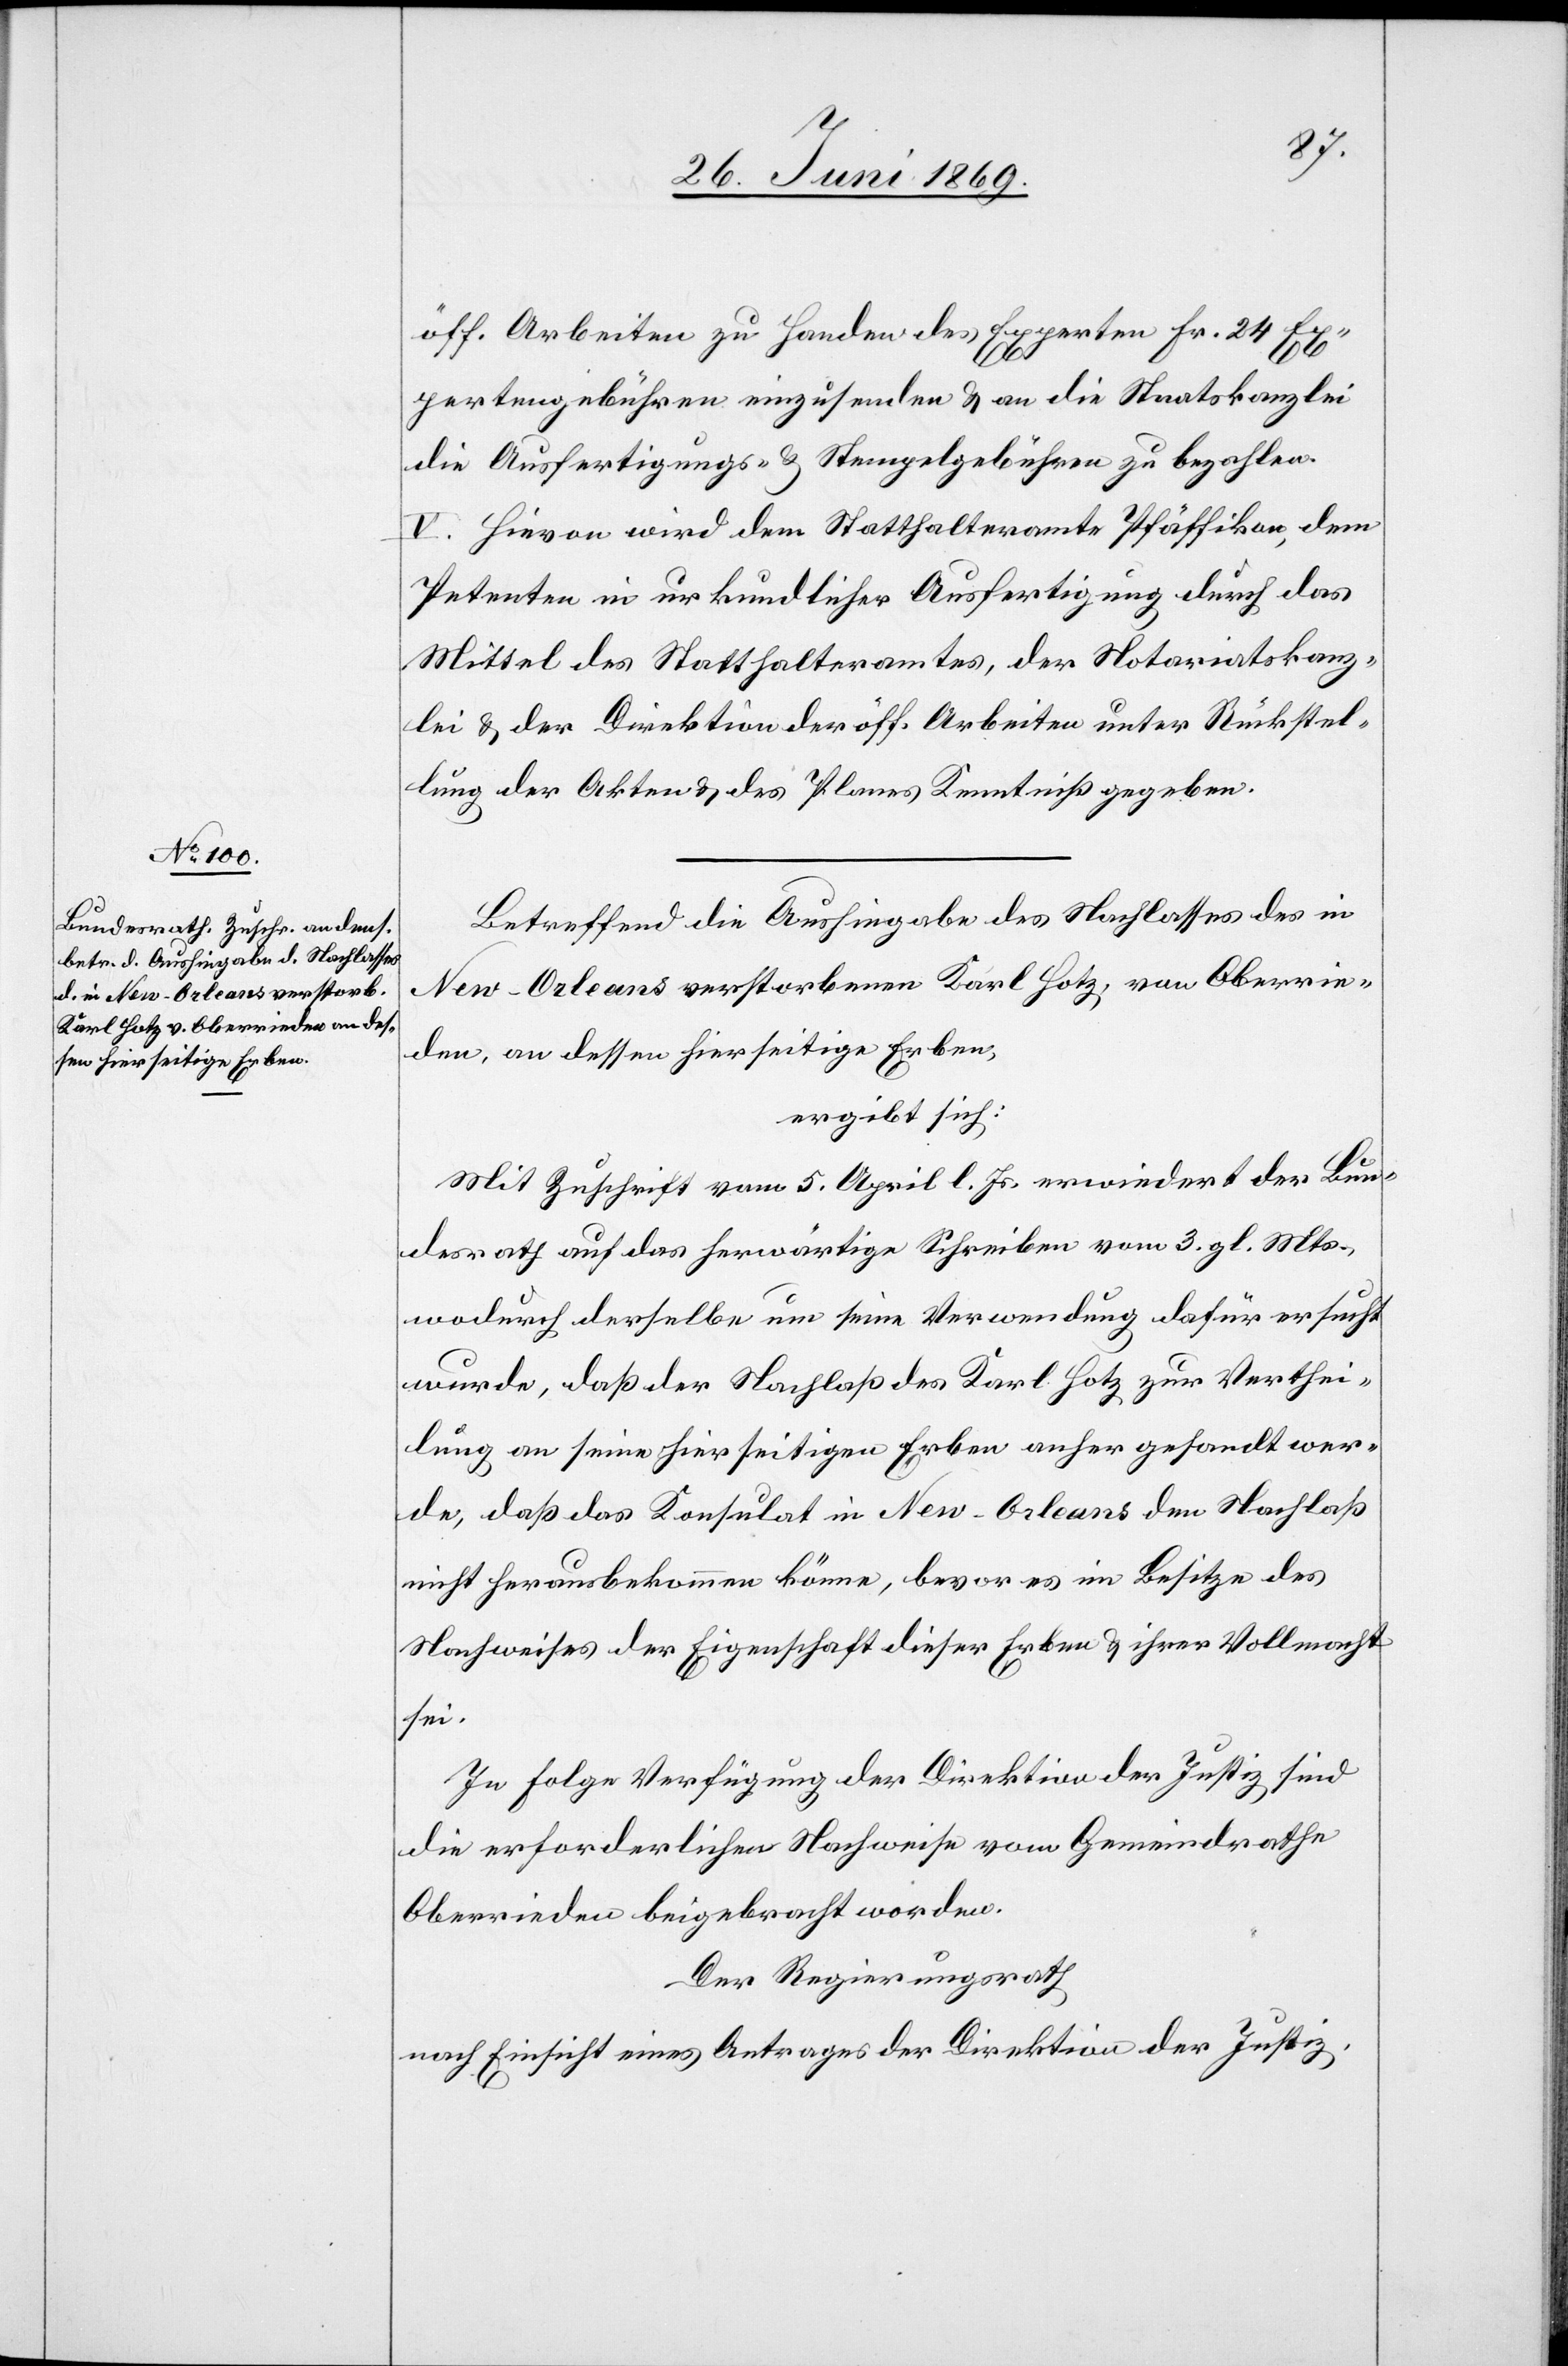
öff. Arbeiten zu Handen des Experten Fr. 24 Ex¬
pertengebühren einzusenden u. an die Staatskanzlei
die Ausfertigungs- u. Stempelgebühren zu bezahlen.
V. Hievon wird dem Statthalteramte Pfäffikon, dem
Petenten in urkundlicher Ausfertigung durch das
Mittel des Statthalteramtes, der Notariatskanz¬
lei u. der Direktion der öff. Arbeiten unter Rückstel¬
lung der Akten u. des Planes Kenntniß gegeben.
Betreffend die Aushingabe des Nachlasses des in
New-Orleans verstorbenen Karl Hotz, von Oberrie¬
den, an dessen hierseitige Erben,
ergibt sich:
Mit Zuschrift vom 5 April l. Js. erwiedert der Bun¬
desrath auf das herwärtige Schreiben vom 3 gl. Mts.,
wodurch derselbe um seine Verwendung dafür ersucht
wurde, daß der Nachlaß des Karl Hotz zur Verthei¬
lung an seine hierseitigen Erben anher gehandelt wer¬
de, daß das Konsulat in New-Orleans den Nachlaß
nicht herausbekommen könne, bevor es im Besitze des
Nachweises der Eigenschaft dieser Erben u. ihrer Vollmacht
sei.
In Folge Verfügung der Direktion der Justiz sind
die erforderlichen Nachweise vom Gemeindrathe
Oberrieden beigebracht worden.
Der Regierungsrath,
nach Einsicht eines Antrages der Direktion der Justiz,